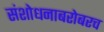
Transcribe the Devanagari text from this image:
संशोधनाबरोबरच